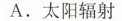
A.太阳辐射